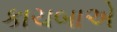
કાચબાએ